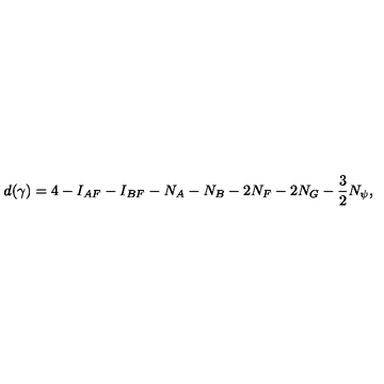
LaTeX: d ( \gamma ) = 4 - I _ { A F } - I _ { B F } - N _ { A } - N _ { B } - 2 N _ { F } - 2 N _ { G } - \frac 3 2 N _ { \psi } ,